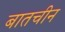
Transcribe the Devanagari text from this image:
बातचीन